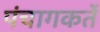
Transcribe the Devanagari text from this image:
पंचागकर्ते